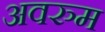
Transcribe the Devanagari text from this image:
अवरुम